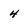
Character: 4